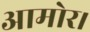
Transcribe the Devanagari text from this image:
आमोर।